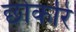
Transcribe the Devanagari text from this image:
छोकरि